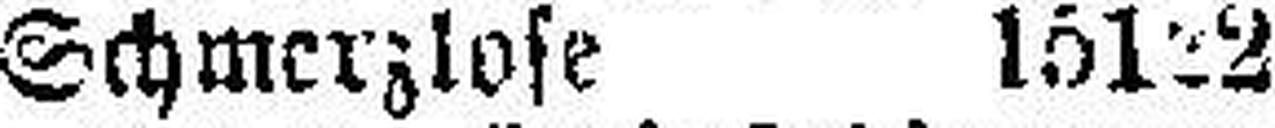
Schmerzlose